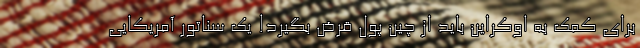
برای کمک به اوکراین باید از چین پول قرض بگیرد! یک سناتور آمریکایی